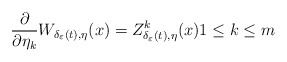
\begin{align*}\frac{\partial}{\partial\eta_{k}}W_{\delta_{\varepsilon}(t),\eta}(x)=Z_{\delta_{\varepsilon}(t),\eta}^{k}(x)1\le k\le m\end{align*}